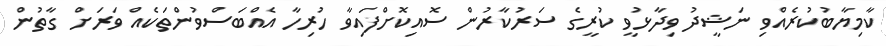
ކާމިޔާބުކުރެއްވި ނަޝީދު ވިދާޅުވީ ކުރީގެ ސަރުކާރުން ސޮއިކޮށްފައިވާ ހުރިހާ އެއްބަސްވުންތަކެއް ވަރަށް ގާތުން